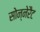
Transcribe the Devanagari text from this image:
सोन्नेरैट